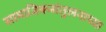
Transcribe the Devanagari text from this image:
सामाजिकसंतुलनाच्या